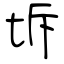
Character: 坼